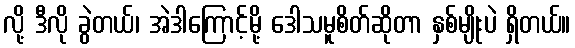
လို့ ဒီလို ခွဲတယ်၊ အဲဒါကြောင့်မို့ ဒေါသမူစိတ်ဆိုတာ နှစ်မျိုးပဲ ရှိတယ်။